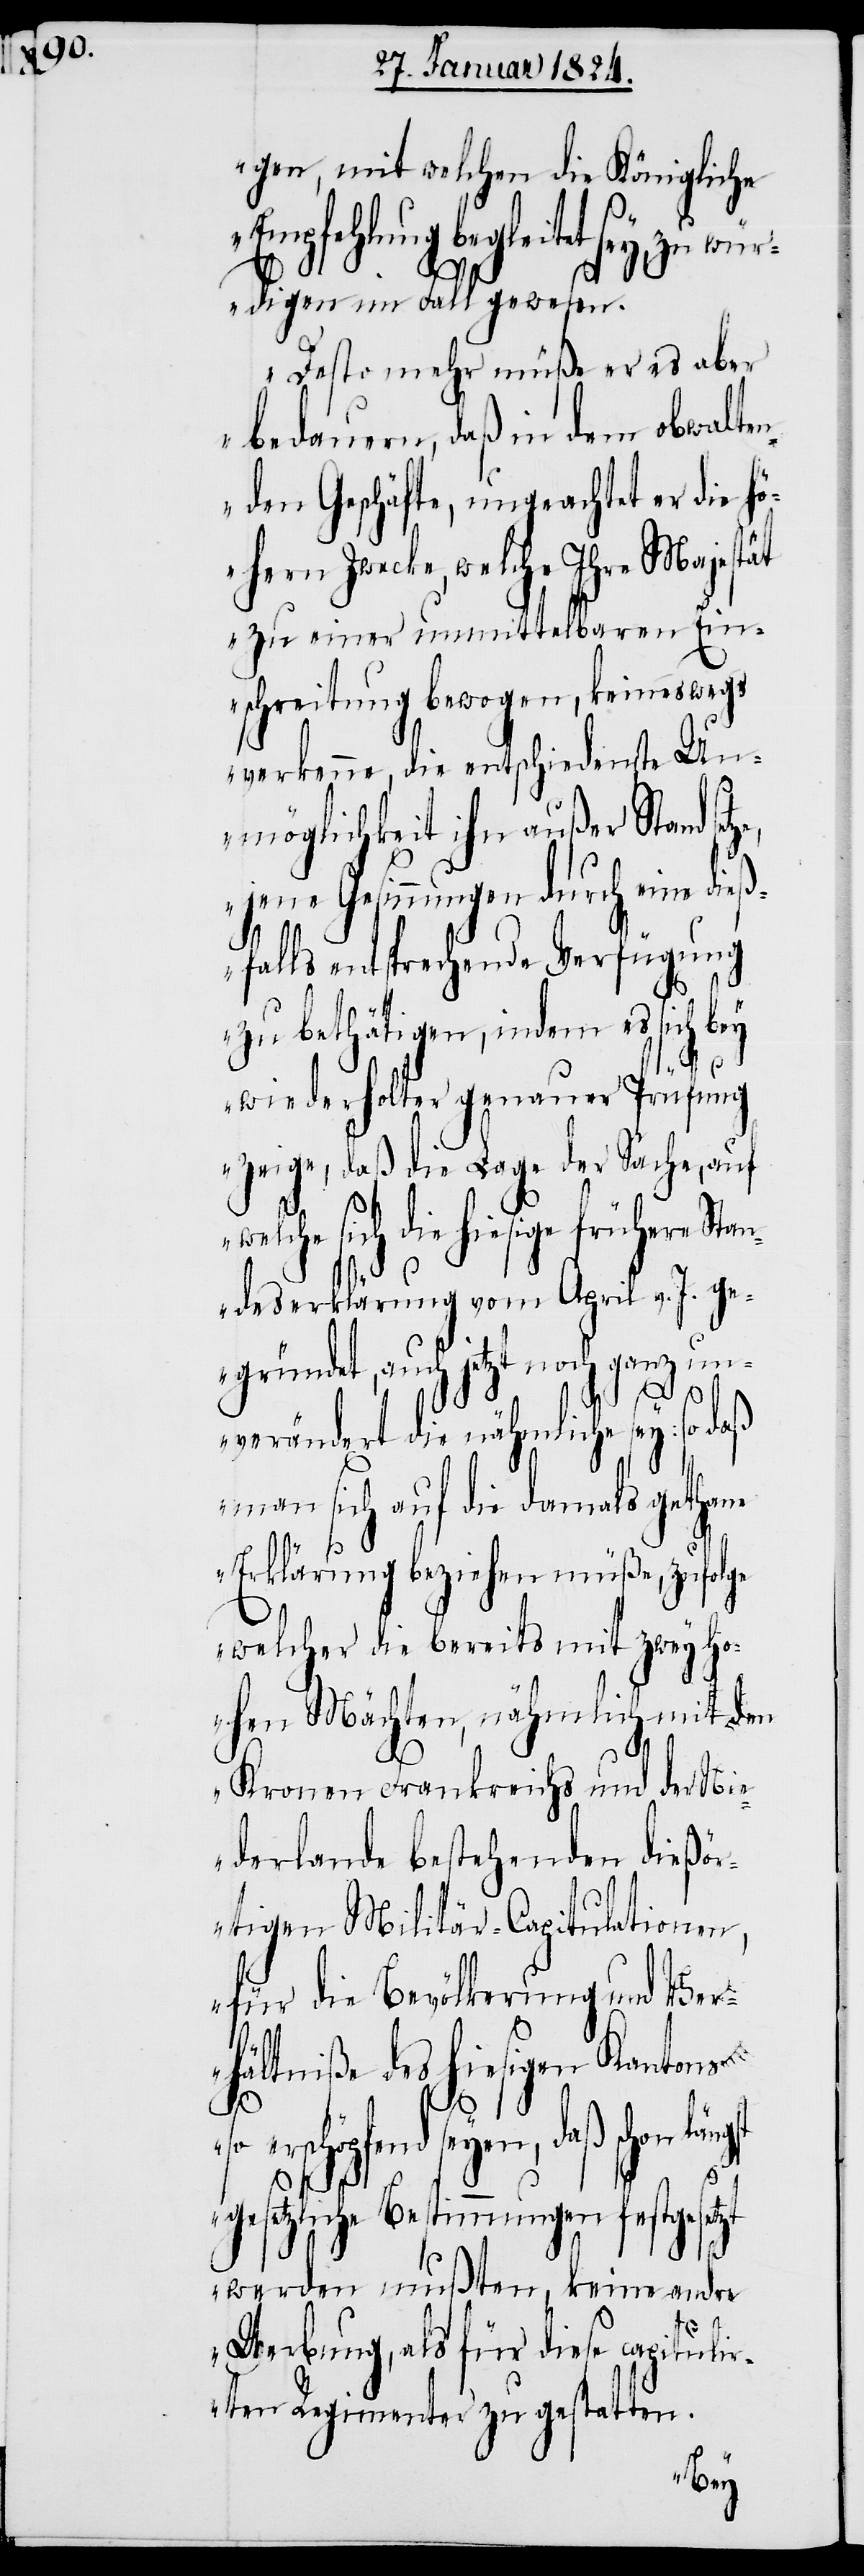
gen, mit welchen die Königliche
Empfehlung begleitet sey, zu wür¬
digen im Fall gewesen.
Desto mehr müße er es aber
bedauern, daß in dem obwalte¬
nden Geschäfte, ungeachtet er die hö¬
hern Zwecke, welche Ihre Majestät
zu einer unmittelbaren Ein¬
schreitung bewogen, keineswegs
verkenne, die entschiedenste Un¬
möglichkeit ihn außer Stand se¬
jene Gesinnungen durch eine die¬
ßfalls entsprechende Verfügung
zu bethätigen, indem es sich bey
wiederholter genauer Prüfung
zeige, daß die Lage der Sache, auf
sich die hiesige frühere St¬
andeserklärung vom April v. J. ge¬
gründet, auch jetzt noch ganz un¬
verändert die nähmliche sey: so
man sich auf die damals gethane
Erklärung beziehen müße, zufolge
welcher die bereits mit zwey h¬
ohen Mächten, nähmlich mit den
Kronen Frankreichs und der Nie¬
derlande bestehenden dießö¬
rtigen Militär-Capitulationen,
für die Bevölkerung und Ver¬
hältniße des hiesigen Kantons
so
erschöpfend seyen, daß schon
gesetzliche Bestimmungen festgeset¬
werden mußten, keine andre
daß
zt
Werbung, als für diese capituli¬
rten Regimenter zu gestatten.